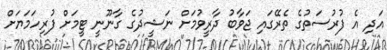
އަދި އެ ފުރުސަތުގެ ތެރޭގައި ޖަވާބު ދާރީވުމަށް ނަޝީދުގެ ގާނޫނީ ޓީމަށް ފުރިހަމަޔަށް